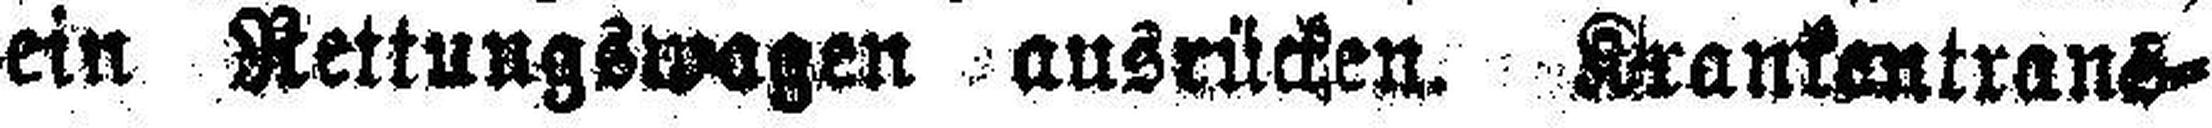
ein Rettungswagen ausrücken. Krankontrans¬